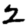
Digit: 2